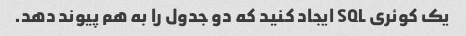
یک کوئری SQL ایجاد کنید که دو جدول را به هم پیوند دهد.